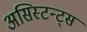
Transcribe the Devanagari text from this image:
असिस्टन्ट्स